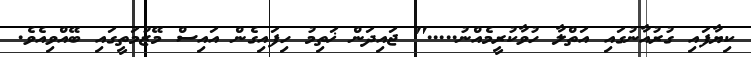
ކިޔާފައި ގުރުއާނުގައި އަތްލާ ހުވާކުރީމެއްނު....." ޖައިދަން ޚަތިމު ހިފައިގެން އައިސް މޭޒުމަތީގައި ބޭއްވިއެވެ.